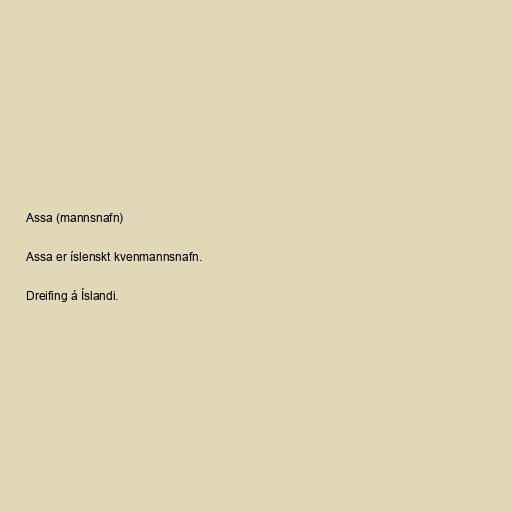
Assa (mannsnafn)

Assa er íslenskt kvenmannsnafn.

Dreifing á Íslandi.